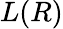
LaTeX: L(R)